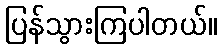
ပြန်သွားကြပါတယ်။